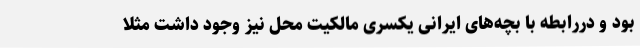
بود و دررابطه با بچه‌های ایرانی یکسری مالکیت محل نیز وجود داشت مثلا